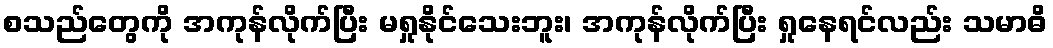
စသည်တွေကို အကုန်လိုက်ပြီး မရှုနိုင်သေးဘူး၊ အကုန်လိုက်ပြီး ရှုနေရင်လည်း သမာဓိ